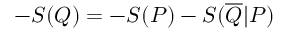
- S ( Q ) = - S ( P ) - S ( \overline { { Q } } | P )